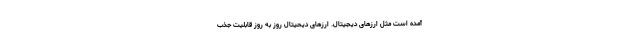
آمده است مثل ارزهای دیجیتال. ارزهای دیحیتال روز به روز قابلیت جذب